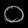
Digit: ၀